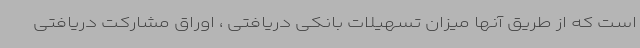
است که از طریق آنها میزان تسهیلات بانکی دریافتی ، اوراق مشارکت دریافتی